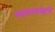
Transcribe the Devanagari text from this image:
भाषाशास्त्राचें